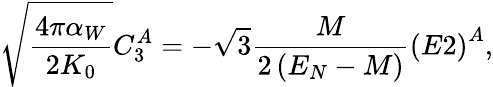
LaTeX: \sqrt{\frac{4\pi\alpha_{W}}{2K_{0}}}C_{3}^{A}=-\sqrt{3}\frac M{2\left(E_{N}-M\right)}\left(E2\right)^{A},